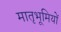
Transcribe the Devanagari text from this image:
मातृभूमियों